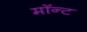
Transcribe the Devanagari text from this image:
मॉन्ट